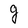
Character: g